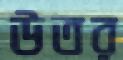
উতর